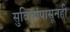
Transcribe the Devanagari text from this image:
सुविधांपासूनही